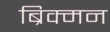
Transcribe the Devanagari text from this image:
ब्रिक्मन